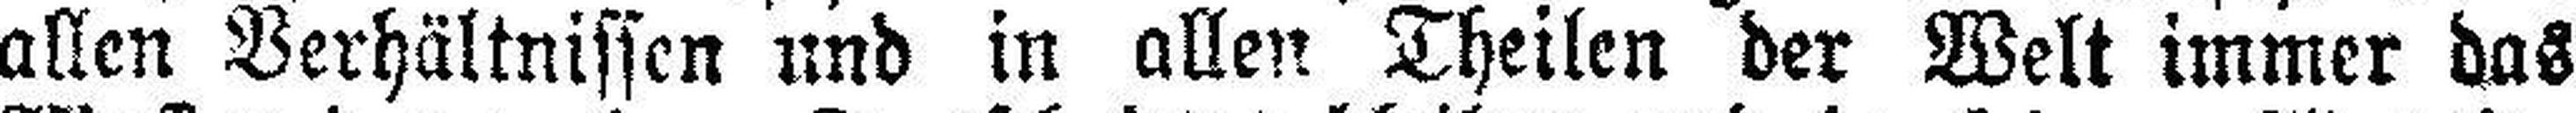
allen Verhältnissen und in allen Theilen der Welt immer das